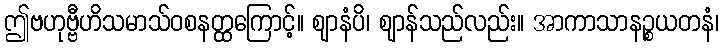
ဤဗဟုဗ္ဗီဟိသမာသ်ဝစနတ္ထကြောင့်။ ဈာနံပိ၊ ဈာန်သည်လည်း။ အာကာသာနဉ္စယတနံ၊